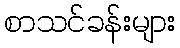
စာသင်ခန်းများ